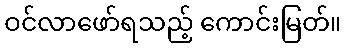
ဝင်လာဖော်ရသည့် ကောင်းမြတ်။